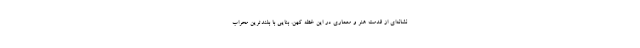
نشانه‌ای از قدمت هنر و معماری در این خطه کهن. بنایی با بلندترین محراب